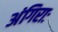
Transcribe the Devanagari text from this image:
अंगिराः